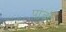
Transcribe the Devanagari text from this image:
पांड्ये